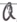
Text: Q